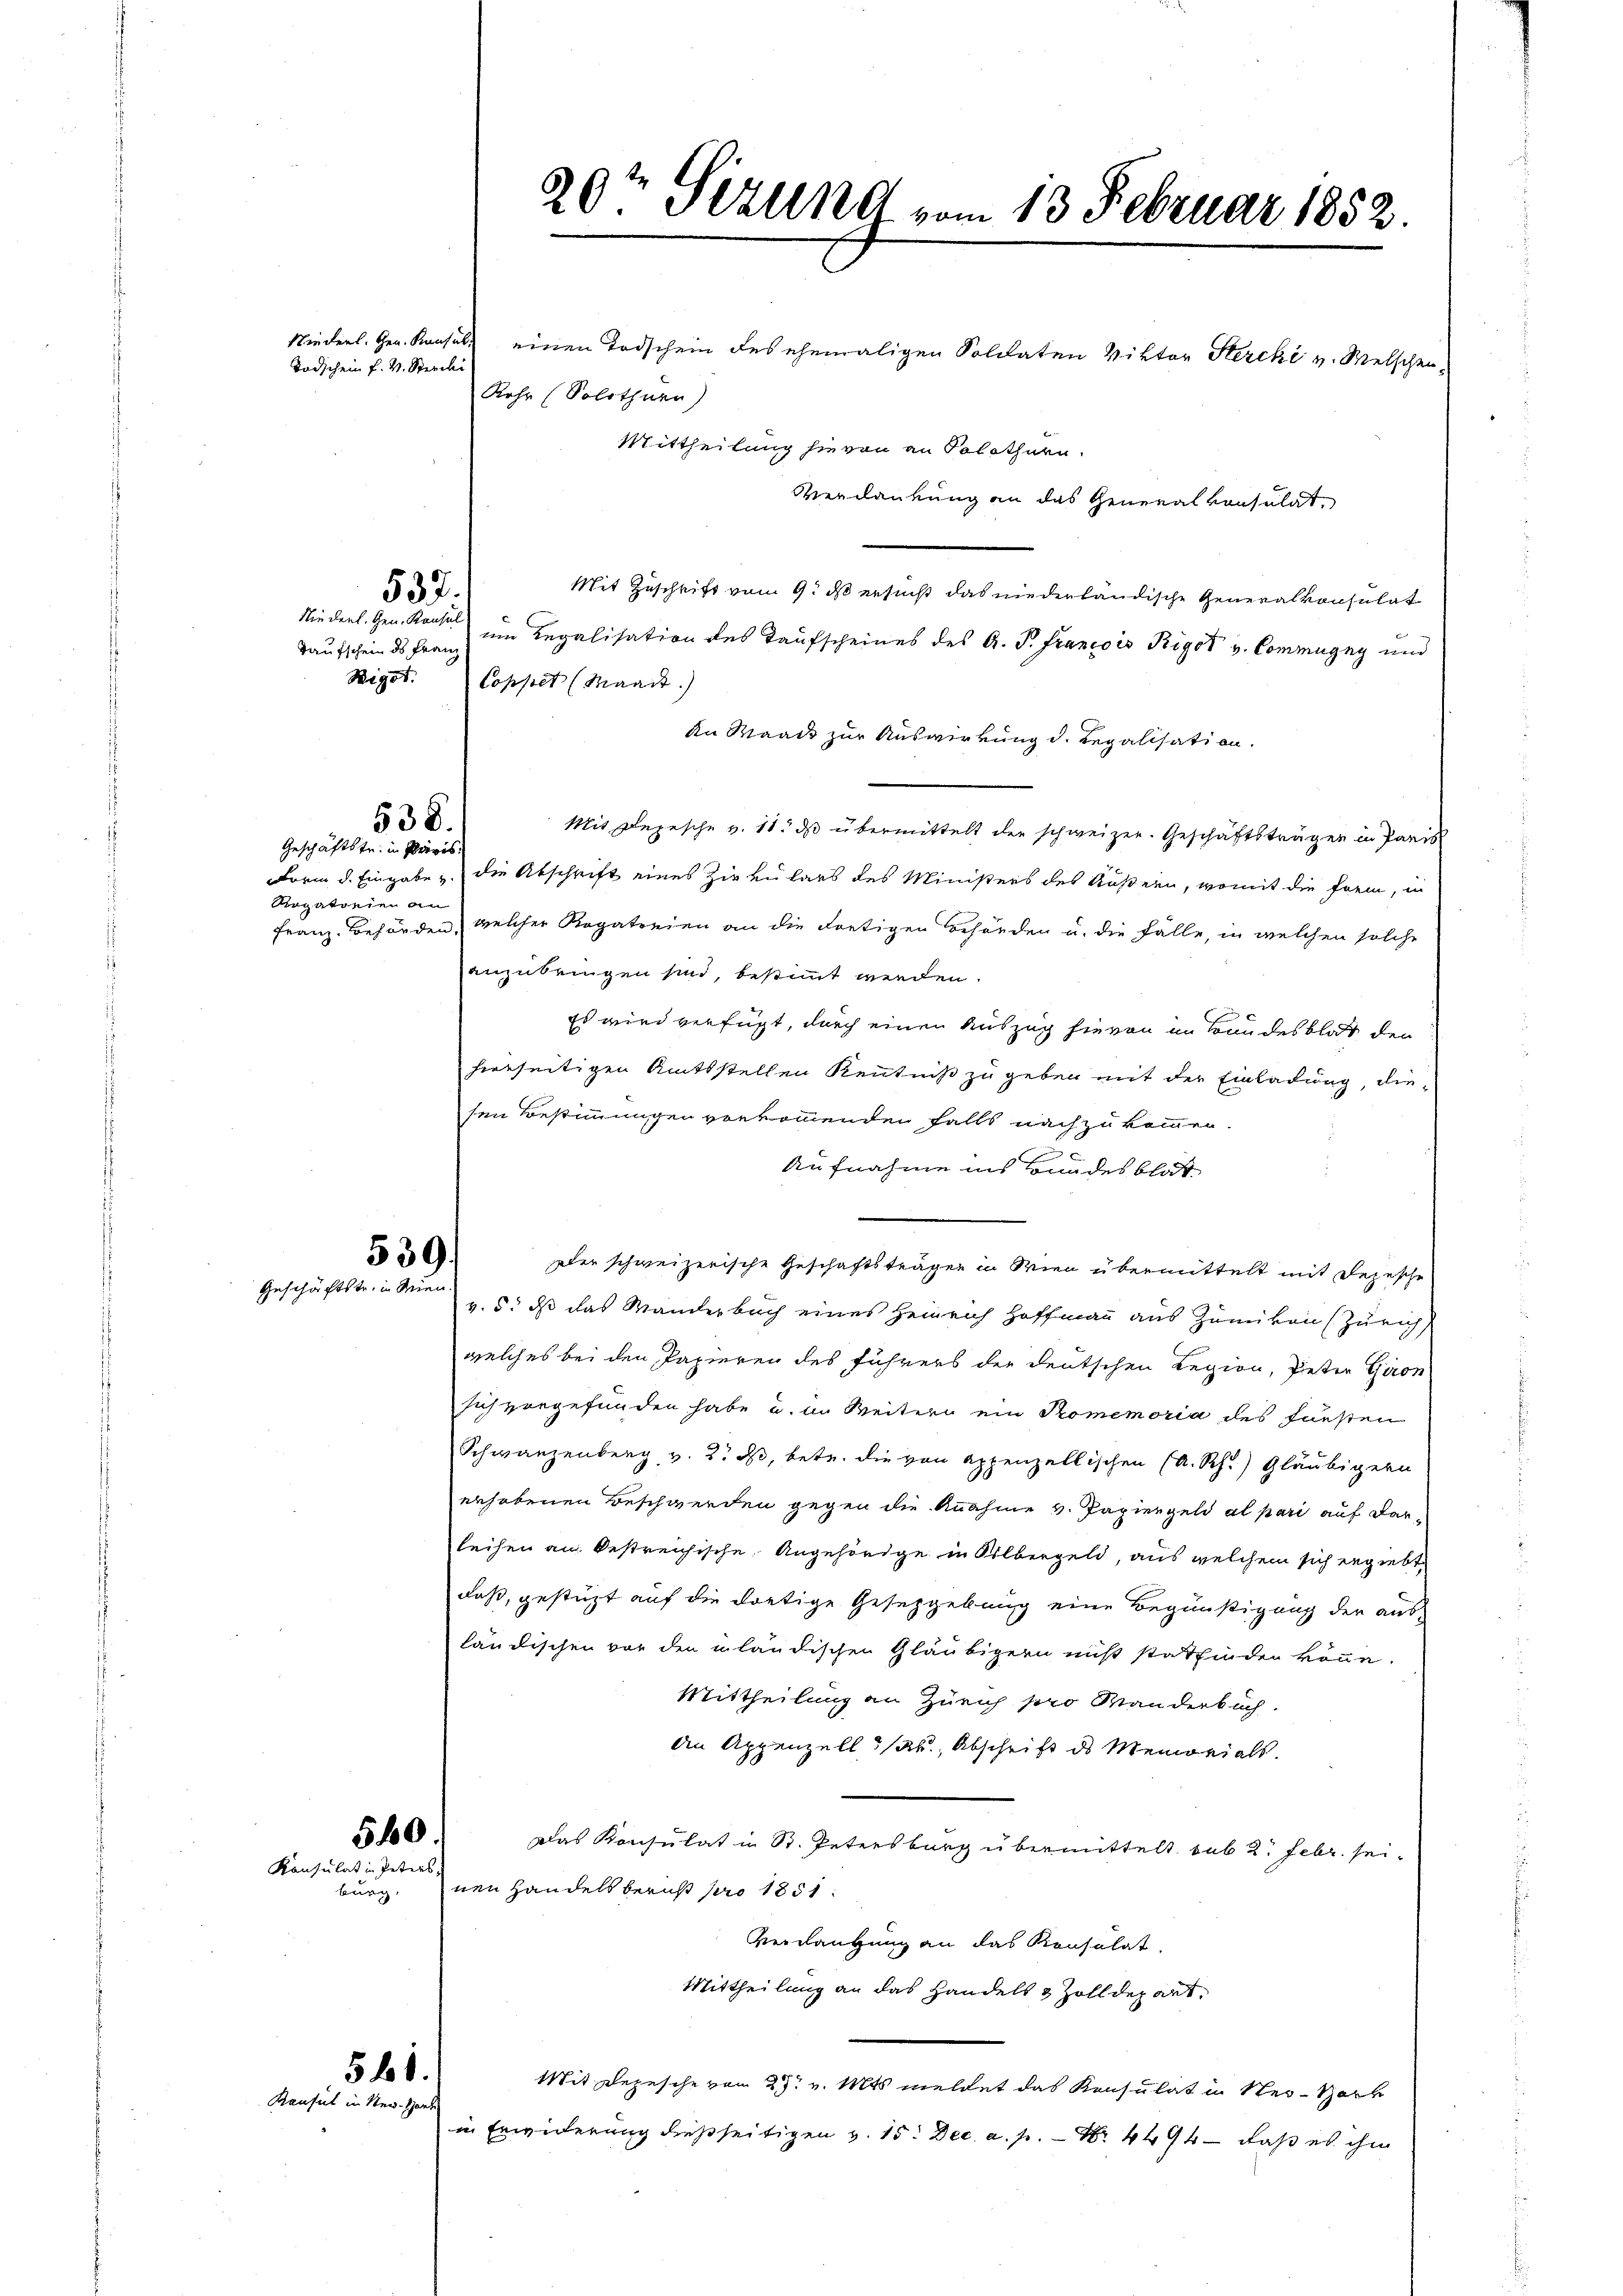
Rogatorien an

539
Geschäftstr. in Wien

burg,

Taufschein ds Franz
Rigot.

Niederl. Gen. Konsul
Todschein f. v. Sterchi

537.

Rohr (Solothurn)
Mit Zuschrift vom 9. ds ersucht das niederländische Generalkonsulat
Niederl. Gen. Konsul Legalisation des Taufscheines des A. P. Francois Rigot v. Commugny und
Coppet (Waadt)
An Waadt zur Auswirkung d. Regalisation.
Mit Depesche v. 11. ds übermittelt der schweizer. Geschäftsträger in Paris
Form d. Eingabe u. die Abschrift eines Zirkulars des Ministers des Äußern, womit die frem, in
Franz-Behörden, welcher Rogatinien an die Fortigen Behörden u. die Fälle, in welchen solche
anzubringen sind, bestimmt werden.
Es wird verfügt, durch einen Auszug hievon im Bundesblat den
hierseitigen Amtsstellen Kenntniß zu geben mit der Einladung, die-
sen Bestimmungen vorkommenden falls nach zu kommen.
Aufnahme ins Bundesblat
zler schweizerische Geschäftsträgen in Wien übermittelt mit Depesche
v. 5. dß das Wanderbuch eines Heinrich Hoffmann aus Zumikon (Zürich
welches bei den Papieren des Führers der deutschen Regien, Peter Giron
sich vorgefunden habe u. an Weitern ein Pomemoria des Fürsten
Schwanzenberg v. 2. ds, betr. die von appenzellischen (A.Rh.) Gläubigern
erhobenen Beschwerden gegen die Annahme v. Papiergeld al pari auf dar-
leihen an bestreichische Angehörige in Silbergeld, aus welchem sich ergiebt,
daß, gestüzt auf die dortige Gesetzgebung eine Begünstigung der ausländischen vor den inländischen Gläubigern nicht statfinden könne.
Mittheilung an Zürich pro Manderbuch.
An Appenzell ab, Abschrift ds Memorials.
Das Konsulat in St. Petersburg übermittelt sub 2. Febr. seinen Handelsbericht pro 1851:
Verdaufung an das Konsulat
Mittheilung an das Handels & Zolldepart,
Mit Depesche von 27. v. Mts meldet das Konsulat in Ner-Hark
in Erwiderung dießseitigen v. 15. Dec. a. p. Nr. 4494 — daß es ihm

538.
Geschäftstr. in Privis

560.
Konsulat in Peters,

561.
Kaufel in New-Hart

20t Sizung vom 13 Februar 1882.

einen Todschein des ehemaligen Soldaten Viktor Stercki v. Welschen.
Mittheilung hievon an Solothurn.
Verdankung an das Generalkonsulat